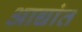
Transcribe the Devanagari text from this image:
आद्यांत